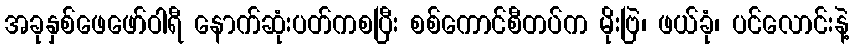
အခုနှစ်ဖေဖော်ဝါရီ နောက်ဆုံးပတ်ကစပြီး စစ်ကောင်စီတပ်က မိုးဗြဲ၊ ဖယ်ခုံ၊ ပင်လောင်းနဲ့